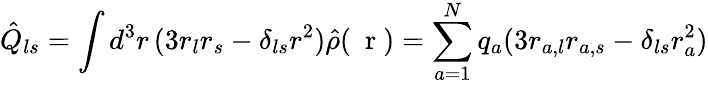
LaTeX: \hat{Q}_{ls}=\int d^{3}r\, (3r_{l}r_{s}-\delta_{ls}r^{2})\hat{\rho}(\mathrm{~\mathbf~r~})=\sum_{a=1}^{N}q_{a}(3r_{a,l}r_{a,s}-\delta_{ls}r_{a}^{2})